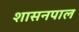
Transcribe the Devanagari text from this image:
शासनपाल